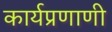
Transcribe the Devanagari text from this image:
कार्यप्रणाणी